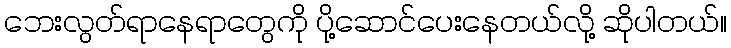
ဘေးလွတ်ရာနေရာတွေကို ပို့ဆောင်ပေးနေတယ်လို့ ဆိုပါတယ်။